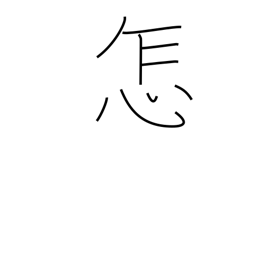
Meaning: how